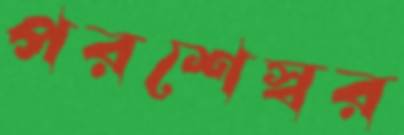
পরশেস্বর